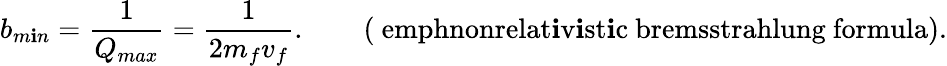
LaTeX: b_{m\mathbf{i}n}=\frac{{1}}{{Q_{max}}}=\frac{{1}}{{2m_{f}v_{f}}}.\qquad\mathrm{{(\ emph{nonrelat\mathbf{i}v\mathbf{i}st\mathbf{i}c}~bremsstrahlung~formula).}}